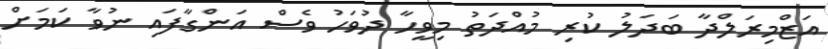
އަޒްމިރަލްދާ ބަދަލު ކުރި މުއްދަތު މިވީހާ ދުވަހު ވެސް އަންގާފައި ނުވާ ކަމަށް